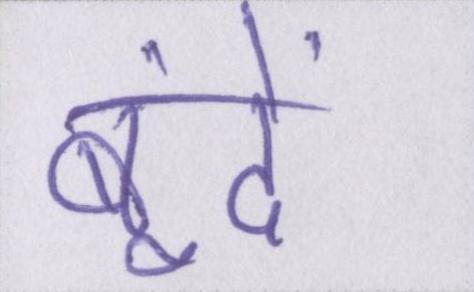
बूंदें